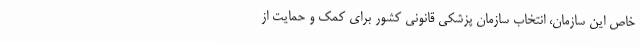
خاص این سازمان، انتخاب سازمان پزشکی قانونی کشور برای کمک و حمایت از